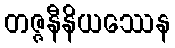
တဇ္ဇနီနိယဿေန